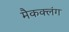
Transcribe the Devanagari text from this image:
मैकक्लंग